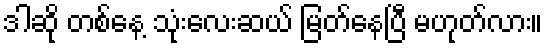
ဒါဆို တစ်နေ့ သုံးလေးဆယ် မြတ်နေပြီ မဟုတ်လား။